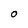
Character: O